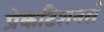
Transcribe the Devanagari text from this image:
प्रेकटिशनर्स